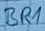
Text: BR1